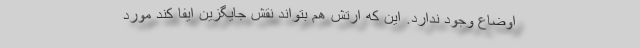
اوضاع وجود ندارد. این که ارتش هم بتواند نقش جایگزین ایفا کند مورد